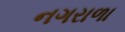
નગરાળા